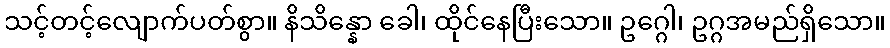
သင့်တင့်လျောက်ပတ်စွာ။ နိသိန္နော ခေါ၊ ထိုင်နေပြီးသော။ ဥဂ္ဂေါ၊ ဥဂ္ဂအမည်ရှိသော။